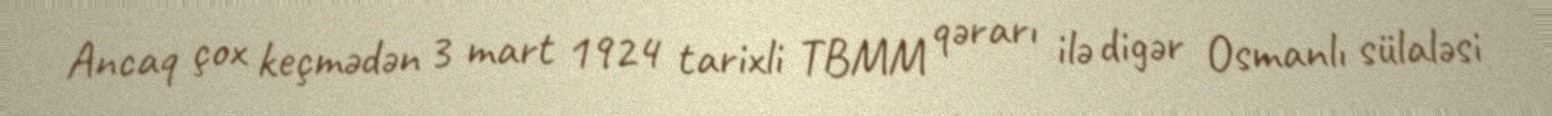
Ancaq çox keçmədən 3 mart 1924 tarixli TBMM qərarı ilə digər Osmanlı sülaləsi